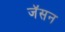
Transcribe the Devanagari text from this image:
जॅसन